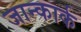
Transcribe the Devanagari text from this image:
जान्कार्क